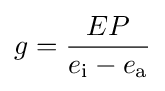
g={\frac {EP}{e_{\text{i}}-e_{\text{a}}}}